Burma Government Medical School reports 1923-41
Year: 1923
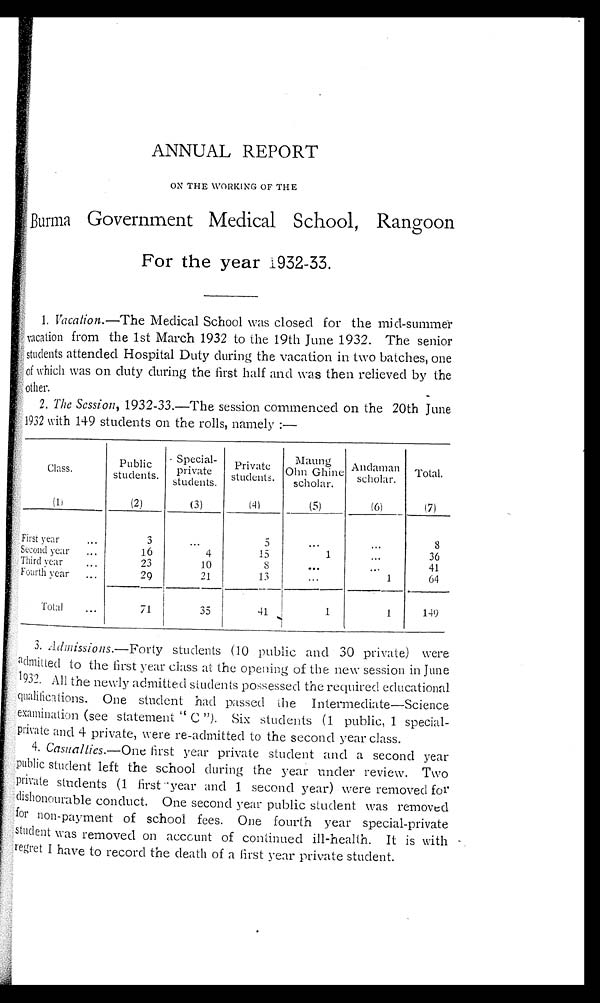
ANNUAL REPORT
ON THE WORKING OF THE
Burma Government Medical School, Rangoon
For the year 1932-33.
1. Vacation.—The Medical School was closed for the mid-summer
vacation from the 1st March 1932 to the 19th June 1932. The senior
students attended Hospital Duty during the vacation in two batches, one
of which was on duty during the first half and was then relieved by the
other.
2. The Session, 1932-33.—The session commenced on the 20th June
1932 with 149 students on the rolls, namely :—
Class.
Public
students.
Special-
private
students.
P r i v a t e
students.
Maung
Ohn Ghine
scholar.
Andaman
scholar.
Total.
( 1 )
( 2 )
(3)
(4)
(5)
(6)
(7)
First year . . .
3
. . .
5
. . .
. . .
8
Second year . . .
16
4
15
1
. . .
36
Third year . . .
2 3
10
8
. . .
. . .
41
Fourth year . . .
29
21
13
. . .
1
64
Total . . .
71
3 5
41
1
1
149
3. Admissions.—Forty students (10 public and 30 private) were
admitted to the first year class at the opening of the new session in June
1932. AII the newly admitted students possessed the required educational
qualifications. One student had passed the Intermediate—Science
examination (see statement " C "). Six students (1 public, 1 special-
private and 4 private, were re-admitted to the second year class.
4. Casualties.— One first year private student and a second year
public student left the school during the year under review. Two
private students (1 first year and 1 second year) were removed for
dishonourable conduct. One second year public student was removed
for non-payment of school fees. One fourth year special-private
student was removed on account of continued ill-health. It is with
regret I have to record the death of a first year private student.